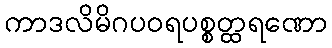
ကာဒလိမိဂပဝရပစ္စတ္ထရဏော